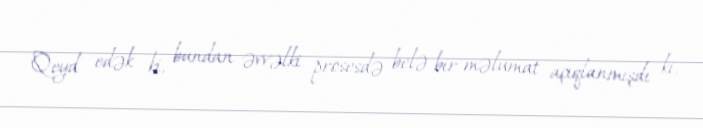
Qeyd edək ki, bundan əvvəlki prosesdə belə bir məlumat açıqlanmışdı ki,